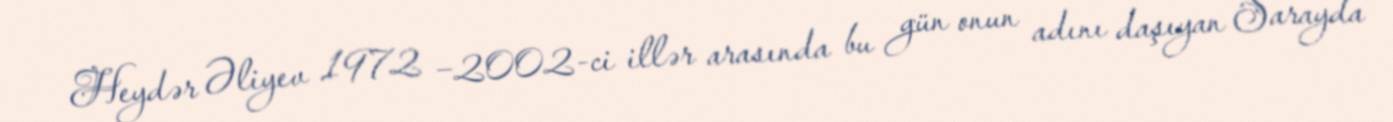
Heydər Əliyev 1972 −2002-ci illər arasında bu gün onun adını daşıyan Sarayda